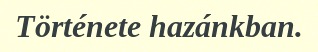
Története hazánkban.